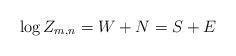
LaTeX: \begin{align*}\log Z_{m,n}=W+N=S+E\end{align*}